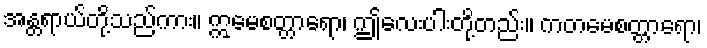
အန္တရာယ်တို့သည်ကား။ ဣမေစတ္တာရော၊ ဤလေးပါးတို့တည်း။ ကတမေစတ္တာရော၊